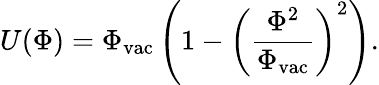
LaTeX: U(\Phi)=\Phi_{\mathrm{vac}}\left(1-\left(\frac{\Phi^{2}}{\Phi_{\mathrm{vac}}}\right)^{2}\right).